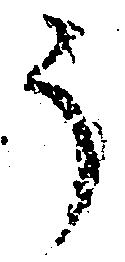
う